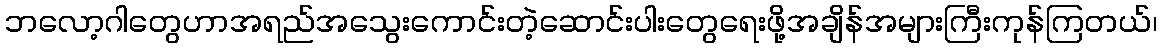
ဘလော့ဂါတွေဟာအရည်အသွေးကောင်းတဲ့ဆောင်းပါးတွေရေးဖို့အချိန်အများကြီးကုန်ကြတယ်၊